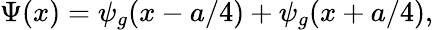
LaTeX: \Psi(x)=\psi_{g}(x-a/4)+\psi_{g}(x+a/4),